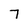
Character: 7